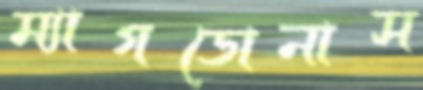
ম্যাগডোনাস